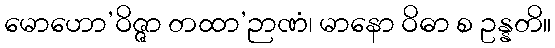
မောဟော’ဝိဇ္ဇာ တထာ’ဉာဏံ၊ မာနော ဝိဓာ စ ဥန္နတိ။